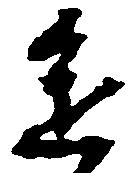
進